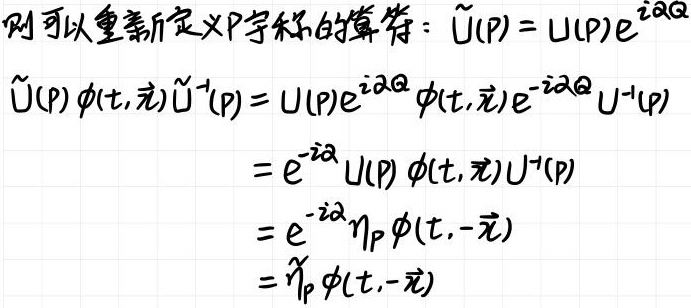
则可以重新定义P宇称的算符：$\tilde{U}(P)=U(P)e^{i\alpha Q}$
\begin{align*}
\tilde{U}(P)\phi(t,\vec{x})\tilde{U}^{-1}(P)&=U(P)e^{i\alpha Q}\phi(t,\vec{x})e^{-i\alpha Q}U^{-1}(P)\\
&=e^{-i\alpha}U(P)\phi(t,\vec{x})U^{-1}(P)\\
&=e^{-i\alpha}\eta_P\phi(t,-\vec{x})\\
&=\tilde{\eta}_P\phi(t,-\vec{x})
\end{align*}